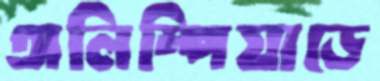
অলিম্পিয়াডে